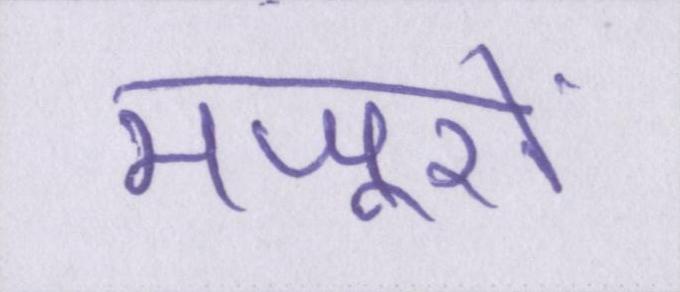
मजूरों